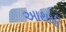
આથમી